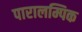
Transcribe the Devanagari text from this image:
पारालम्पिक